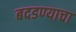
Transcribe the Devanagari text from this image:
बदडण्याचा